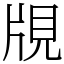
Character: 覑